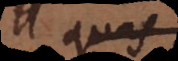
si quis